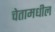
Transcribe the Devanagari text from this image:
चेतामधील